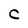
Character: C